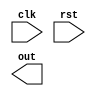
//StudentID + Name ex.108000111 

//Do not modify IO
module exam_1_B#(
    parameter size = 10
)(
    input wire clk, 
    input wire rst, 
    output wire [size-1:0]out
);
    //Your code here
    //DO NOT USE LOOKUP TABLE! 

endmodule